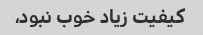
کیفیت زیاد خوب نبود،